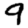
Digit: 9